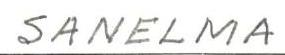
SANELMA